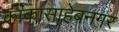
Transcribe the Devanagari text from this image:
काकासाहेबनगर